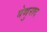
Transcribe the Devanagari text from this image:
वेणुनाद